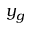
y _ { g }